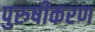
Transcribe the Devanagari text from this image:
पुरुषीकरण